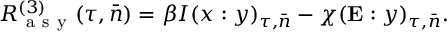
R _ { \mathrm { ~ a ~ s ~ y ~ } } ^ { ( 3 ) } ( \tau , \bar { n } ) = \beta I ( x : y ) _ { \tau , \bar { n } } - \chi ( \mathbf { E } : y ) _ { \tau , \bar { n } } .